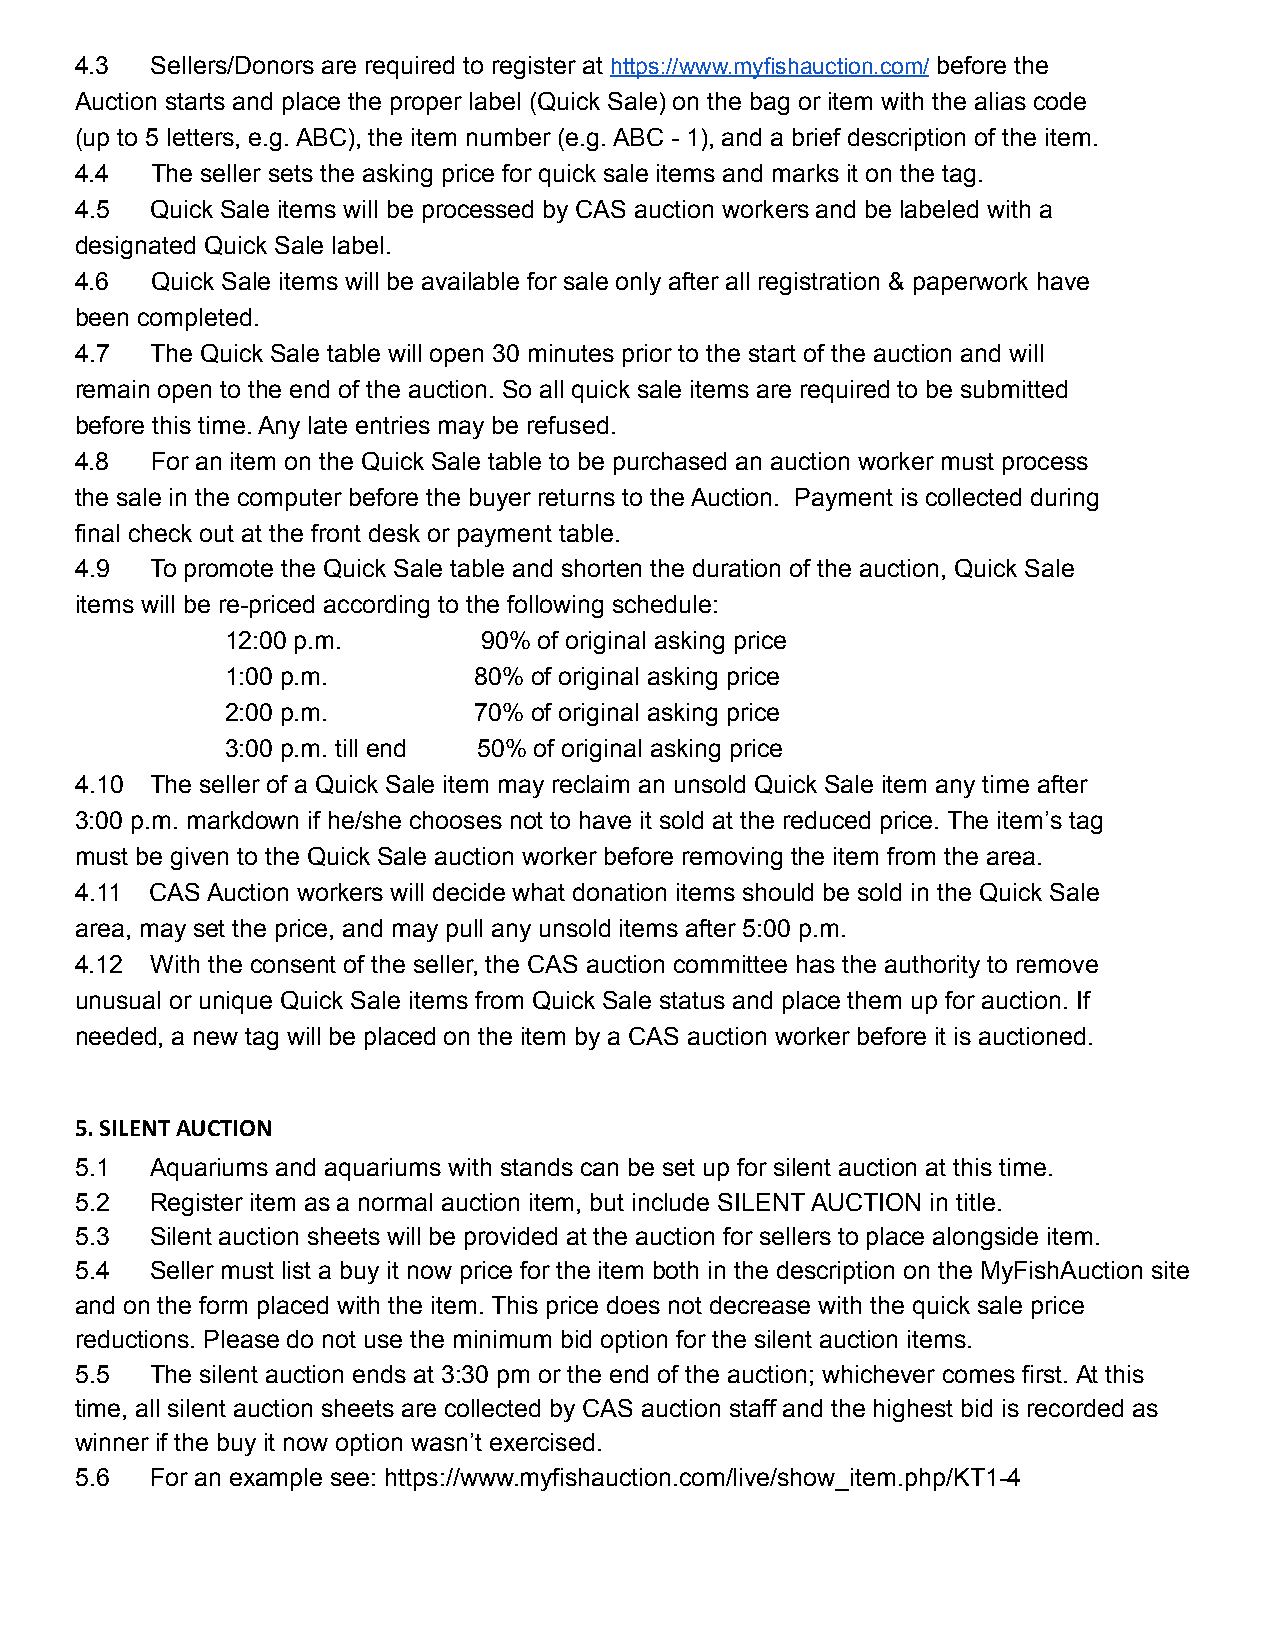
4.3  Sellers/Donors are required to register at https://www.myfishauction.com/ before the
 Auction starts and place the proper label (Quick Sale) on the bag or item with the alias code
 (up to 5 letters, e.g. ABC), the item number (e.g. ABC - 1), and a brief description of the item.
 4.4  The seller sets the asking price for quick sale items and marks it on the tag.
 4.5  Quick Sale items will be processed by CAS auction workers and be labeled with a
 designated Quick Sale label.
 4.6  Quick Sale items will be available for sale only after all registration & paperwork have
 been completed.
 4.7  The Quick Sale table will open 30 minutes prior to the start of the auction and will
 remain open to the end of the auction. So all quick sale items are required to be submitted
 before this time. Any late entries may be refused.
 4.8  For an item on the Quick Sale table to be purchased an auction worker must process
 the sale in the computer before the buyer returns to the Auction. Payment is collected during
 final check out at the front desk or payment table.
 4.9  To promote the Quick Sale table and shorten the duration of the auction, Quick Sale
 items will be re-priced according to the following schedule:
 12:00 p.m.       90% of original asking price
 1:00 p.m.       80% of original asking price
 2:00 p.m.       70% of original asking price
 3:00 p.m. till end 50% of original asking price
 4.10 The seller of a Quick Sale item may reclaim an unsold Quick Sale item any time after
 3:00 p.m. markdown if he/she chooses not to have it sold at the reduced price. The item’s tag
 must be given to the Quick Sale auction worker before removing the item from the area.
 4.11 CAS Auction workers will decide what donation items should be sold in the Quick Sale
 area, may set the price, and may pull any unsold items after 5:00 p.m.
 4.12 With the consent of the seller, the CAS auction committee has the authority to remove
 unusual or unique Quick Sale items from Quick Sale status and place them up for auction. If
 needed, a new tag will be placed on the item by a CAS auction worker before it is auctioned.
 5. SILENT AUCTION
 5.1  Aquariums and aquariums with stands can be set up for silent auction at this time.
 5.2  Register item as a normal auction item, but include SILENT AUCTION in title.
 5.3  Silent auction sheets will be provided at the auction for sellers to place alongside item.
 5.4  Seller must list a buy it now price for the item both in the description on the MyFishAuction site
 and on the form placed with the item. This price does not decrease with the quick sale price
 reductions. Please do not use the minimum bid option for the silent auction items.
 5.5  The silent auction ends at 3:30 pm or the end of the auction; whichever comes first. At this
 time, all silent auction sheets are collected by CAS auction staff and the highest bid is recorded as
 winner if the buy it now option wasn’t exercised.
 5.6  For an example see: https://www.myfishauction.com/live/show_item.php/KT1-4